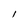
Character: 1